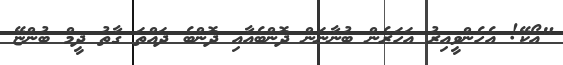
"އޯކޭ! އެހެންވީއިރު އަހަރެން ބުނާނަން ދޮންބެއާއި ދޮންބެ ދައްތަ ގާތު ދީމް ބުންޏޭ